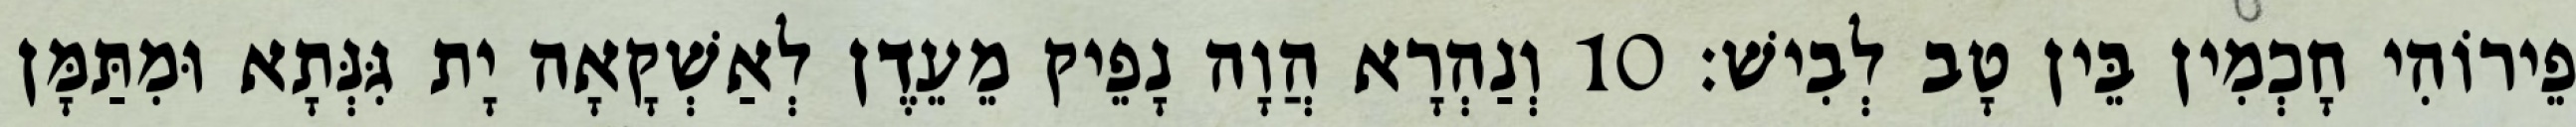
פֵירוֹהִי חָכְמִין בֵּין טָב לְבִישׁ׃ 10 וְנַהְרָא הֲוָה נָפֵיק מֵעֵדֶן לְאַשְׁקָאָה יָת גִּנְּתָא וּמִתַּמָּן